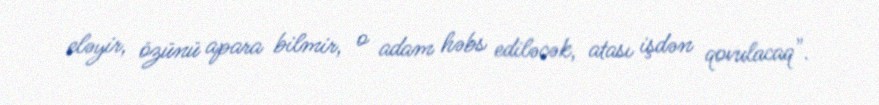
eləyir, özünü apara bilmir, o adam həbs ediləcək, atası işdən qovulacaq".